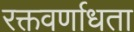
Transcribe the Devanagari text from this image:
रक्तवर्णाधता